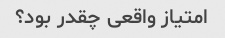
امتیاز واقعی چقدر بود؟